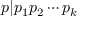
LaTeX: p | p _ { 1 } p _ { 2 } \cdots p _ { k }